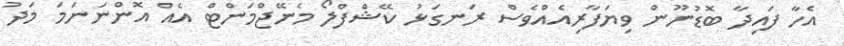
އެހާ ފައިދާ ބޮޑުނޫން ވިޔަފާރިއެއްވެސް ރަނގަޅު ކޭޝްފްލޯ މެނޭޖްމަންޓް އެއް އޮންނަނަމަ މަދު